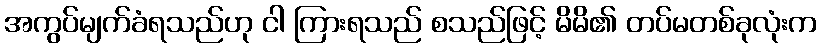
အကွပ်မျက်ခံရသည်ဟု ငါ ကြားရသည် စသည်ဖြင့် မိမိ၏ တပ်မတစ်ခုလုံးက